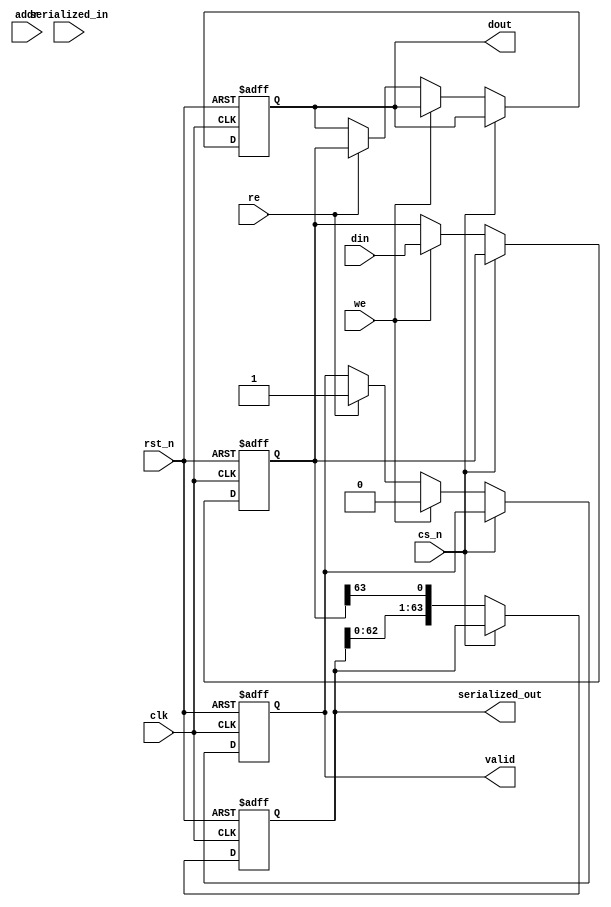
module IO_Block_3D_DRAM #(
    parameter DATA_WIDTH = 64,         // Data width of the bus
    parameter ADDRESS_WIDTH = 16         // Address width
)(
    input wire clk,                     // System clock
    input wire rst_n,                   // Active low reset
    input wire cs_n,                    // Chip select (active low)
    input wire we,                      // Write enable
    input wire re,                      // Read enable
    input wire [ADDRESS_WIDTH-1:0] addr, // Address bus
    input wire [DATA_WIDTH-1:0] din,    // Data input bus
    output reg [DATA_WIDTH-1:0] dout,    // Data output bus
    output reg valid,                    // Data valid signal
    output wire [DATA_WIDTH-1:0] serialized_out, // Serialized data output
    input wire serialized_in              // Serialized data input
);

    // Internal signal declarations
    reg [DATA_WIDTH-1:0] data_buffer;    // Buffer for data
    reg [DATA_WIDTH-1:0] deserialized_data; // Buffer for deserialized data

    // State machine for managing read/write operations
    always @(posedge clk or negedge rst_n) begin
        if (!rst_n) begin
            dout <= 0;
            valid <= 0;
            data_buffer <= 0;
        end else if (!cs_n) begin
            if (we) begin
                // Write operation
                data_buffer <= din; // Store data in buffer
                valid <= 0;         // Valid signal not set until read
            end else if (re) begin
                // Read operation
                dout <= data_buffer; // Send data out
                valid <= 1;          // Set data valid signal
            end
        end
    end

    // Serialization logic
    reg [DATA_WIDTH-1:0] serial_buffer;
    integer i;
    always @(posedge clk or negedge rst_n) begin
        if (!rst_n) begin
            serial_buffer <= 0;
        end else if (!cs_n) begin
            // Simple serialization (just a shift register example)
            serial_buffer <= {serial_buffer[DATA_WIDTH-2:0], data_buffer[DATA_WIDTH-1]};
        end
    end
    assign serialized_out = serial_buffer;

    // Deserialization logic (example)
    always @(posedge clk or negedge rst_n) begin
        if (!rst_n) begin
            deserialized_data <= 0;
        end else if (!cs_n) begin
            // Example of deserialization logic
            deserialized_data <= {deserialized_data[DATA_WIDTH-2:0], serialized_in};
        end
    end

endmodule